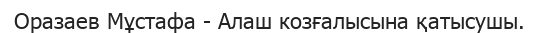
Оразаев Мұстафа - Алаш козғалысына қатысушы.